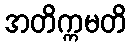
အတိက္ကမတိ